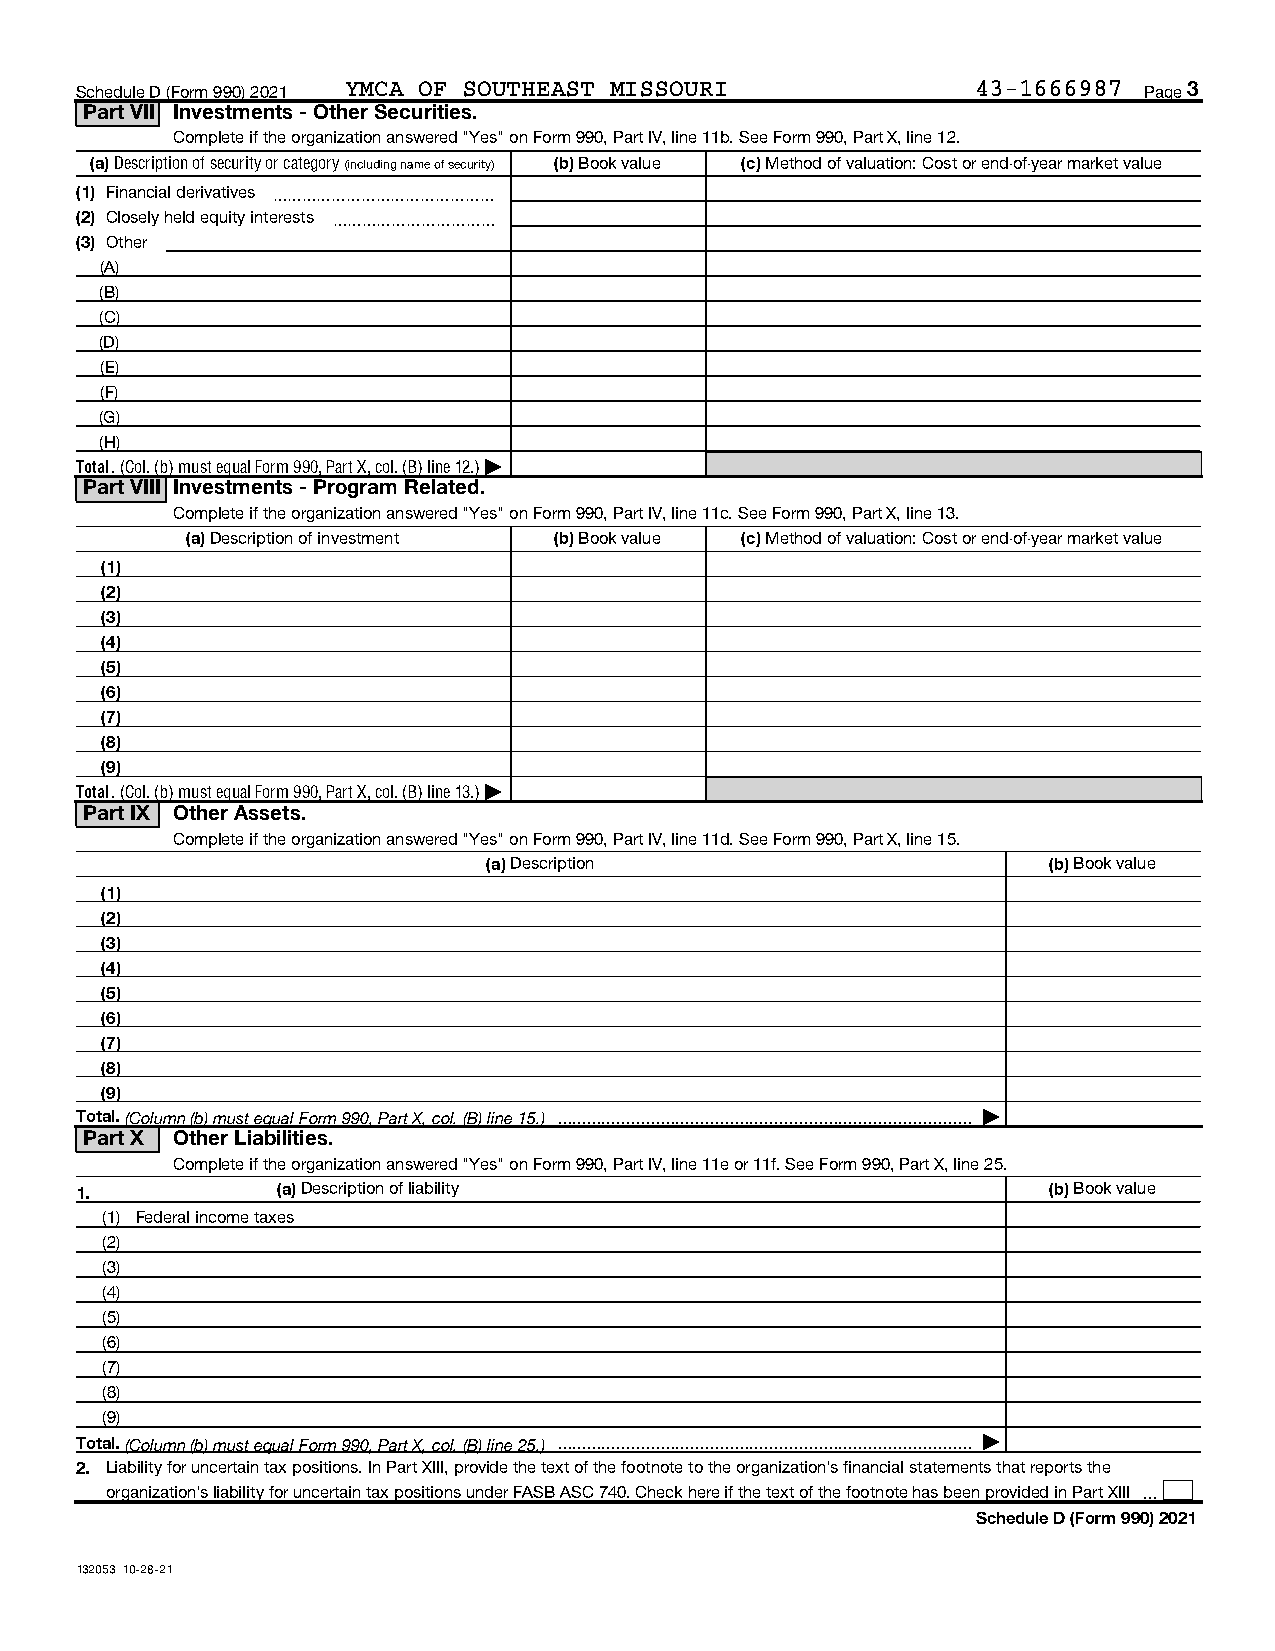
Schedule D (Form 990) 2021 YMCA OF SOUTHEAST MISSOURI       43-1666987 Page 3
 Part VII Investments - Other Securities.
 Complete if the organization answered "Yes" on Form 990, Part IV, line 11b. See Form 990, Part X, line 12.
 (a) Description of security or category (including name of security) (b) Book value (c) Method of valuation: Cost or end-of-year market value
 (1) Financial derivatives ~~~~~~~~~~~~~~~
 (2) Closely held equity interests ~~~~~~~~~~~
 (3) Other
 (A)
 (B)
 (C)
 (D)
 (E)
 (F)
 (G)
 (H)
 Total. (Col. (b) must equal Form 990, Part X, col. (B) line 12.) |
 Part VIII Investments - Program Related.
 Complete if the organization answered "Yes" on Form 990, Part IV, line 11c. See Form 990, Part X, line 13.
 (a) Description of investment (b) Book value (c) Method of valuation: Cost or end-of-year market value
 (1)
 (2)
 (3)
 (4)
 (5)
 (6)
 (7)
 (8)
 (9)
 Total. (Col. (b) must equal Form 990, Part X, col. (B) line 13.) |
 Part IX Other Assets.
 Complete if the organization answered "Yes" on Form 990, Part IV, line 11d. See Form 990, Part X, line 15.
 (a) Description                      (b) Book value
 (1)
 (2)
 (3)
 (4)
 (5)
 (6)
 (7)
 (8)
 (9)
 Total. (Column (b) must equal Form 990, Part X, col. (B) line 15.)  |
 Part X Other Liabilities.
 Complete if the organization answered "Yes" on Form 990, Part IV, line 11e or 11f. See Form 990, Part X, line 25.
 1.           (a) Description of liability                       (b) Book value
 (1) Federal income taxes
 (2)
 (3)
 (4)
 (5)
 (6)
 (7)
 (8)
 (9)
 Total. (Column (b) must equal Form 990, Part X, col. (B) line 25.)  |
 2. Liability for uncertain tax positions. In Part XIII, provide the text of the footnote to the organization's financial statements that reports the
 organization's liability for uncertain tax positions under FASB ASC 740. Check here if the text of the footnote has been provided in Part XIII 
 Schedule D (Form 990) 2021
 132053 10-28-21